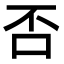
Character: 否